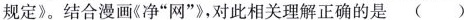
规定》。结合漫画《净”网”》，对此相关理解正确的是()